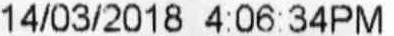
14/03/2018 4:06:34PM